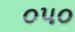
૦૫૦